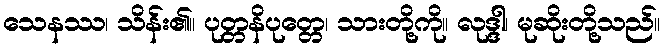
သေနဿ၊ သိန်း၏။ ပုတ္တနိပုတ္တေ၊ သားတို့ကို။ လုဒ္ဒါ၊ မုဆိုးတို့သည်။